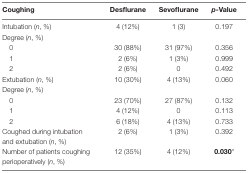
<table><thead><tr><td><b>Coughing</b></td><td><b>Desflurane</b></td><td><b>Sevoflurane</b></td><td><b><i>p</i>-Value</b></td></tr></thead><tbody><tr><td>Intubation (<i>n</i>, %)</td><td>4 (12%)</td><td>1 (3)</td><td>0.197</td></tr><tr><td colspan="4">Degree (<i>n</i>, %)</td></tr><tr><td> 0</td><td>30 (88%)</td><td>31 (97%)</td><td>0.356</td></tr><tr><td> 1</td><td>2 (6%)</td><td>1 (3%)</td><td>0.999</td></tr><tr><td> 2</td><td>2 (6%)</td><td>0</td><td>0.492</td></tr><tr><td>Extubation (<i>n</i>, %)</td><td>10 (30%)</td><td>4 (13%)</td><td>0.060</td></tr><tr><td colspan="4">Degree (<i>n</i>, %)</td></tr><tr><td> 0</td><td>23 (70%)</td><td>27 (87%)</td><td>0.132</td></tr><tr><td> 1</td><td>4 (12%)</td><td>0</td><td>0.113</td></tr><tr><td> 2</td><td>6 (18%)</td><td>4 (13%)</td><td>0.733</td></tr><tr><td>Coughed during intubation and extubation (<i>n</i>, %)</td><td>2 (6%)</td><td>1 (3%)</td><td>0.392</td></tr><tr><td>Number of patients coughing perioperatively (<i>n</i>, %)</td><td>12 (35%)</td><td>4 (12%)</td><td><b>0.030</b>*</td></tr></tbody></table>